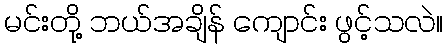
မင်းတို့ ဘယ်အချိန် ကျောင်း ဖွင့်သလဲ။